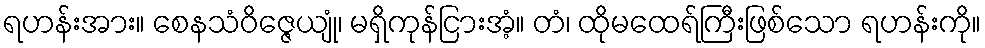
ရဟန်းအား။ စေနသံဝိဇ္ဇေယျုံ၊ မရှိကုန်ငြားအံ့။ တံ၊ ထိုမထေရ်ကြီးဖြစ်သော ရဟန်းကို။